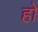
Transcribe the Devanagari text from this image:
हाे